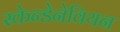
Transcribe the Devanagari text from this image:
स्केन्डेनेवियन